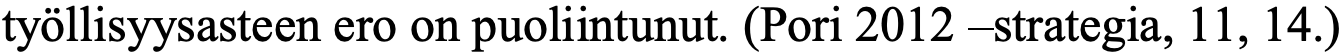
työllisyysasteen ero on puoliintunut. (Pori 2012 –strategia, 11, 14.)